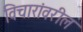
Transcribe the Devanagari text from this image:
विचारांवरील